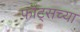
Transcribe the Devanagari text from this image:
फॉट्सच्या